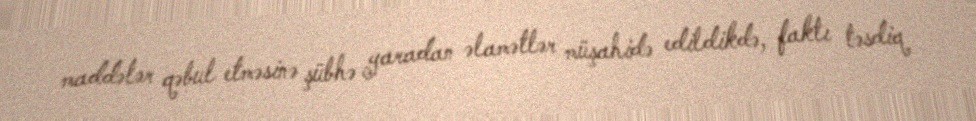
maddələr qəbul etməsinə şübhə yaradan əlamətlər müşahidə edildikdə, faktı təsdiq